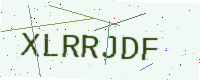
Text: XLRRJDF